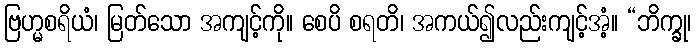
ဗြဟ္မစရိယံ၊ မြတ်သော အကျင့်ကို။ စေပိ စရတိ၊ အကယ်၍လည်းကျင့်အံ့။ “ဘိက္ခု၊